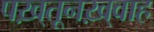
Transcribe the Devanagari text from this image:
पख़्तूनख़्वाह